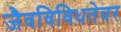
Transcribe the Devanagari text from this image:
जैवविविधतेवर